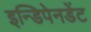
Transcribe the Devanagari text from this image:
इन्डिपेनडेंट